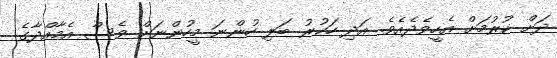
ދަށް ކުރުމަށް އެހީވެދެއެވެ. އަދި ހަކުރު ބަލި ހުންނަ މީހުންނަށް ވެސް އެމާއްދާގެ